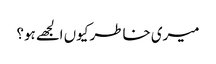
میری خاطر کیوں الجھے ہو؟